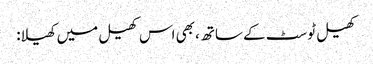
کھیل ٹوسٹ کے ساتھ، بھی اس کھیل میں کھیلا: